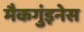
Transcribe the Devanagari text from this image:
मैकगुंइनेस